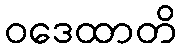
ဝဒေထာတိ